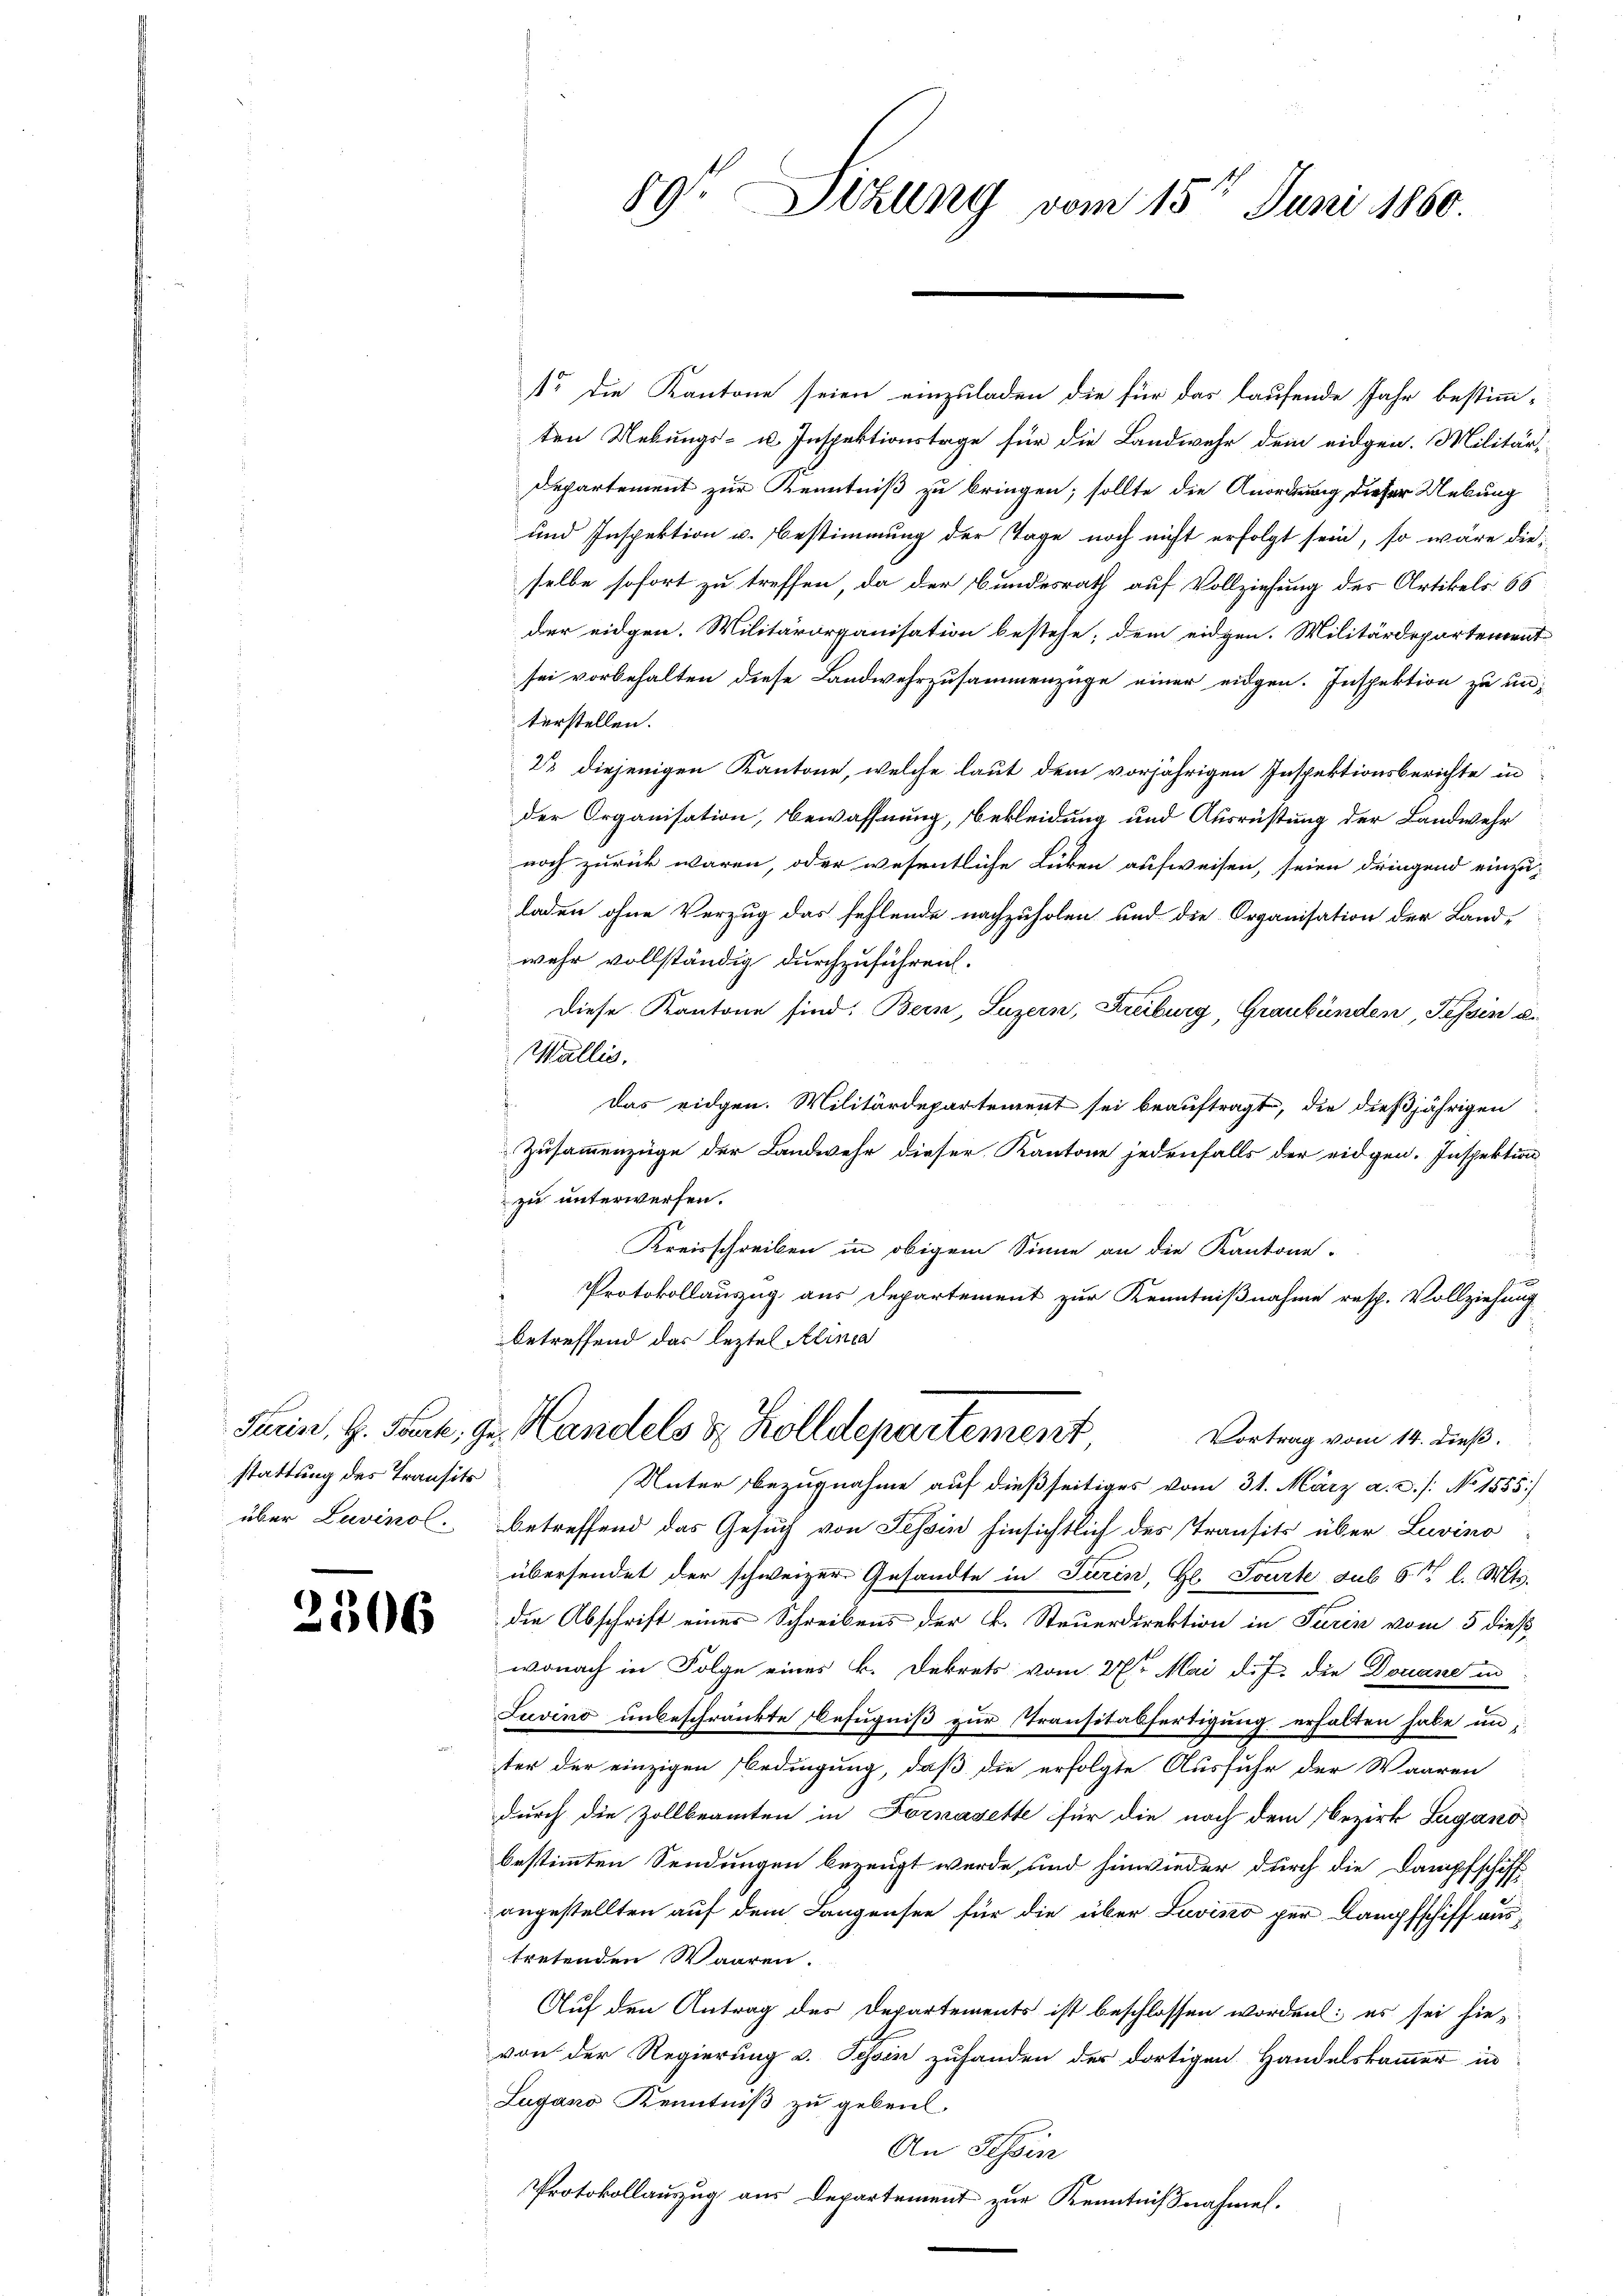
stattung des Transits
über Lavinol.

3

306

89 Sizung vom 15ten Juni 1860.

1r die Kantone seien einzuladen die für das laufende Jahr bestimmten Uebungs- u. Inspektionstage für die Landwehr dem eidgen. Militär¬
Departement zur Kenntniß zu bringen; sollte die Anordnung dieser Uebung
und Inspektion u. Bestimmung der Tage noch nicht erfolgt sein, so wäre die
selbe sofort zu treffen, da der Bundesrath auf Vollziehung des Artikels 66
der eidgen. Militärorganisation bestehe; dem eidgen. Militärdepartement
sei vorbehalten diese Landwehrzusammenzüge einer eidgen. Inspektion zu unterstellen.
23 diejenigen Kantone, welche laut dem vorjährigen Inspektionsberichte in
der Organisation, Bewaffnung, Bekleidung und Ausrüstung der Landwehr
noch zurück waren, oder wesentliche Lücken aufweisen, seien dringend einzu-
laden ohne Verzug das fehlende nachzuholen und die Organisation der Land-
wehr vollständig durchzuführen.
Diese Kantone sind: Bern, Luzern, Freiburg, Graubünden Tessin u.
Wallis,
Das eidgen. Militärdepartement sei beauftragt, die dießjährigen
Zusammenzüge der Landwehr dieser Kantone jedenfalls der eidgen. Inspektion
zu unterwerfen.
Kreisschreiben in obigem Sinne an die Kantone
Protokollauszug aus Departement zur Kenntnißnahme resp. Vollziehung
betreffend das leztel Alinea
Farin, G. Sark, ge Handels & Zolldepartement
Vortrag vom 14. dieß.
Unter bezugnahme auf dießseitiges vom 31. März a. c. s. No 1555)
betreffend das Gesuch von Tessin hinsichtlich des Transits über Lavino
übersendet der schweizer Gesandte in Turin, Gl. Tourte sub 6 t l. Mts.
die Abschrift eines Schreibens der k. Steuerdirektion in Turin vom 5 dieß
wonach in Folge eines k. Dekrets vom 27sten Mai d. J. die Douane in
Juvino unbeschränkte Befugniß zur Stransitalfertigung erhalten habe unter der einzigen Bedingung, daß die erfolgte Ausfuhr der Waaren
durch die Zollbeamten in Fornasette für die nach dem Bezirk Lugano
bestimmten Sendungen bezeugt werde, und hinwieder durch die Dampfschiff
angestellten auf dem Langensee für die über Luvino per Dampfschiff austretenden Waaren.
Auf den Antrag des Departements ist beschlossen worden: es sei hie-
von der Regierung v. Tessin zufanden der dortigen Handelskammer in
Lugano Kenntniß zu geben.
An Hessin
Protokollauszug aus Departement zur Kenntnißnahmen.